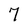
Character: 7